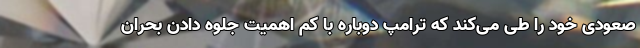
صعودی خود را طی می‌کند که ترامپ دوباره با کم اهمیت جلوه دادن بحران